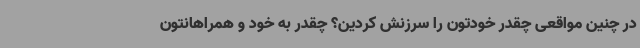
در چنین مواقعی چقدر خودتون را سرزنش کردین؟ چقدر به خود و همراهانتون